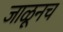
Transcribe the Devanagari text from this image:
जाळूनच